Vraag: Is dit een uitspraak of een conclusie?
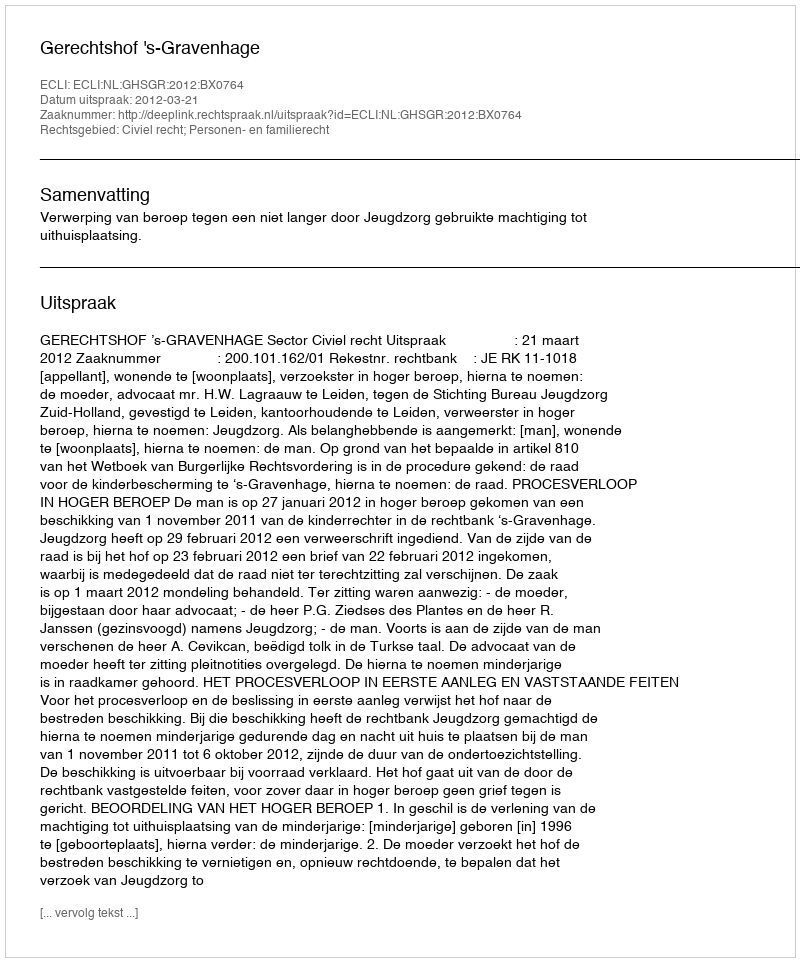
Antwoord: Uitspraak